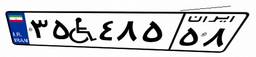
۴۷W۵۴۳۲۳